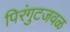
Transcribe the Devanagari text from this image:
पिरंगुटजवळ